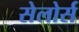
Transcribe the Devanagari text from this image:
सेलोर्स